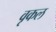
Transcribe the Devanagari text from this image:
वृकल